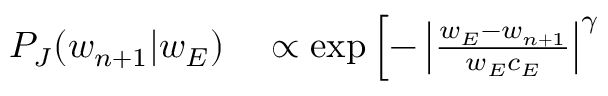
\begin{array} { r } { \begin{array} { r l } { P _ { J } ( w _ { n + 1 } \vert w _ { E } ) } & { { } \propto \exp \left[ - \left\vert \frac { w _ { E } - w _ { n + 1 } } { w _ { E } c _ { E } } \right\vert ^ { \gamma } \right. } \end{array} } \end{array}